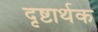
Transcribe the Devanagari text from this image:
दृष्टार्थक